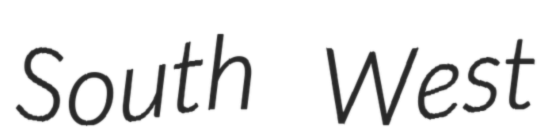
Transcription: South West